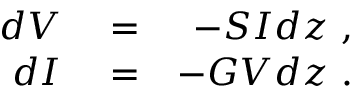
\begin{array} { r l r } { d V } & { { } = } & { - S I d z \mathrm { ~ , ~ } } \\ { d I } & { { } = } & { - G V d z \mathrm { ~ . ~ } } \end{array}